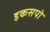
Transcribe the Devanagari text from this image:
इकसपो